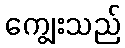
ကျွေးသည်